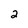
Character: 2